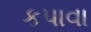
કપાવા